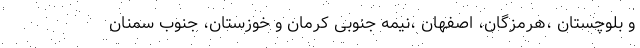
و بلوچستان ،هرمزگان، اصفهان ،نیمه جنوبی کرمان و خوزستان، جنوب سمنان